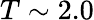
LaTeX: T\sim 2.0